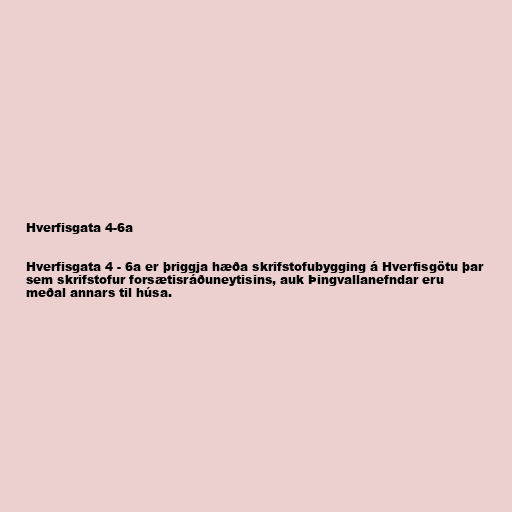
Hverfisgata 4-6a

Hverfisgata 4 - 6a er þriggja hæða skrifstofubygging á Hverfisgötu þar
sem skrifstofur forsætisráðuneytisins, auk Þingvallanefndar eru
meðal annars til húsa.